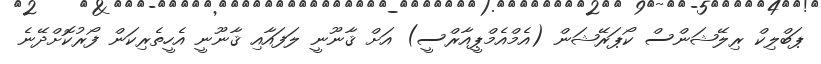
ޕަބްލިކް ރިލޭޝަންސް ކޯޕަރޭޝަން (އެމްއެމްޕީއާރްސީ) އަށް ޤާނޫނީ ލަފައާއި ޤާނޫނީ އެހީތެރިކަން ފޯރުކޮށްދޭނެ